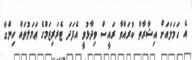
އެ ހަމަލައަށް އިޝާރާތް ކުރައްވާ ރައީސް ވިދާޅުވީ އެފަދަ ޓެރަރިޒަމްގެ ޢަމަލުތައް ހިންގާ